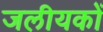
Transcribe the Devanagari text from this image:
जलीयकों